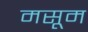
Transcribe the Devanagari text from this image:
मसूम